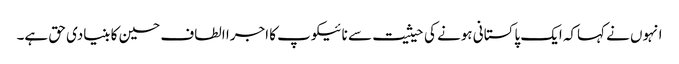
انہوں نے کہاکہ ایک پاکستانی ہونے کی حیثیت سے نائیکوپ کا اجرا الطاف حسین کا بنیادی حق ہے۔